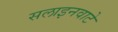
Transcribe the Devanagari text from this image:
सलाइनवाटे